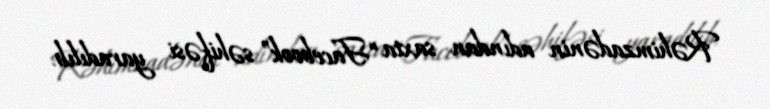
Rəhimzadənin adından saxta “Facebook” səhifəsi yaradılıb.